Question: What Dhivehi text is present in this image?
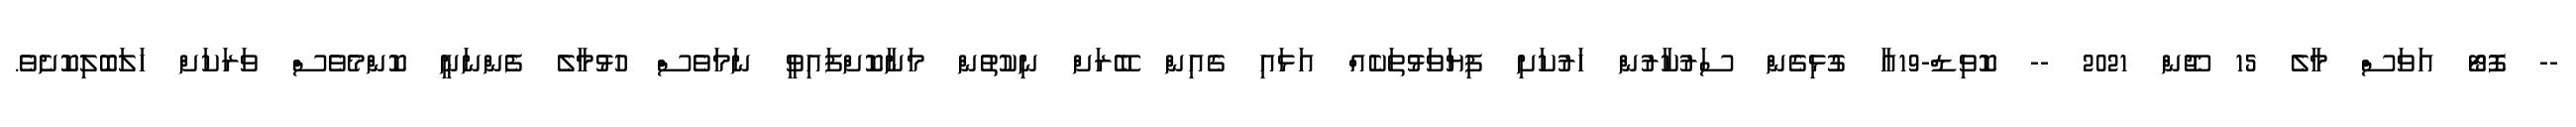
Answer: -- ފޮޓޯ އަވަސް މާލެ 15 ޖޫން 2021 -- ކޮވިޑް-19އާ ގުޅިގެން ސަރުކާރުން ހަރުކަށި ފިޔަވަޅުތަކެއް އަޅައި ގެއިން ބޭރަށް ނިކުތުން މަނާކޮށްފައިވީ ނަމަވެސް ހުޅުމާލެ ފެންނަނީ ކޮންމެވެސް ވަރަކަށް ހަލަބޮލިކޮށެވެ.